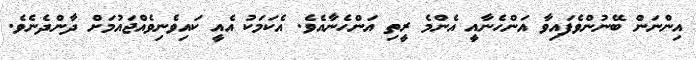
އިންނަން ބޭނުންވެފައިވާ އަންހެނާއީ އެންމެ ރީތި އަންހެނާއެވެ. އެކަމަކު އެއީ ކައިވެނިވެއްޖައުމަށް ދާންދެނެވެ.